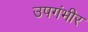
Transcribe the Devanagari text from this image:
उपगंभीर